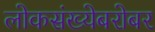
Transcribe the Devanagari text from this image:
लोकसंख्येबरोबर